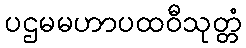
ပဌမမဟာပထဝီသုတ္တံ